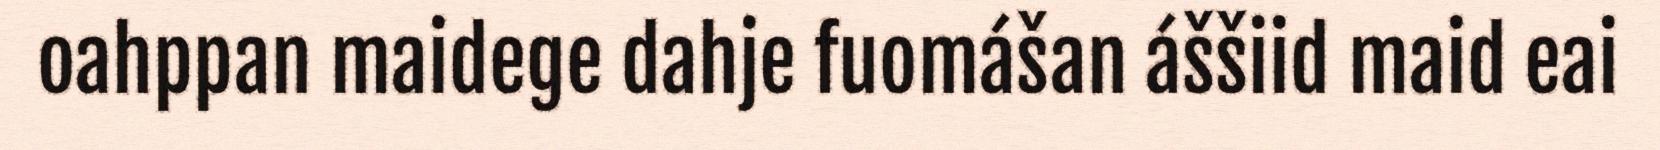
oahppan maidege dahje fuomášan áššiid maid eai